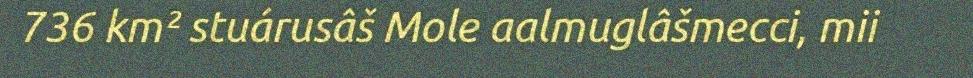
736 km² stuárusâš Mole aalmuglâšmecci, mii